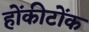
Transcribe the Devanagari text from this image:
होंकीटोंक